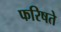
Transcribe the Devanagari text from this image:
फरिषते